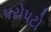
પરોપટો